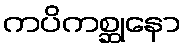
ကပိကစ္ဆုနော